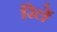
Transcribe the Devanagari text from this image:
रिलें